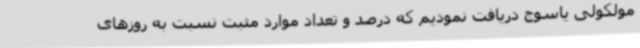
مولکولی یاسوج دریافت نمودیم که درصد و تعداد موارد مثبت نسبت به روزهای